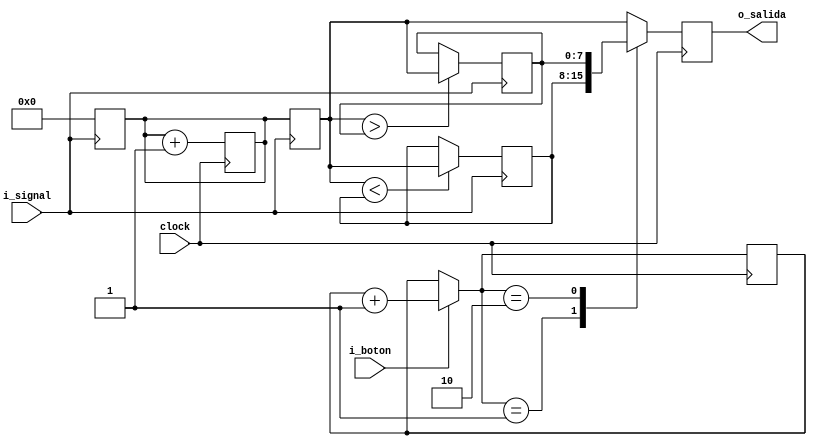
`timescale 1ns / 1ps
//////////////////////////////////////////////////////////////////////////////////
// Company: 
// Engineer: 
// 
// Design Name: 
// Module Name:    ejercicio_11_12
// Project Name: 
// Target Devices: 
// Tool versions: 
// Description: 
//
// Dependencies: 
//
// Revision: 
// Revision 0.01 - File Created
// Additional Comments: 
//
//////////////////////////////////////////////////////////////////////////////////
module ejercicio_11_12(
	input wire i_signal,
	output reg [7:0]o_salida,
	input wire i_boton,
	
	input wire clock
    );
	 
	reg [7:0]contador;
	reg [1:0]contador_boton;
	reg [7:0]periodo_actual;
	reg [7:0]periodo_min;
	reg [7:0]periodo_max;
	 
	 
	always@(posedge clock)
	begin
		contador <= contador + 1;
		
		if(i_boton == 1)
		begin
			contador_boton = contador_boton + 1;
		end
		
		case(contador_boton)
		2'b00: o_salida <= periodo_actual;
		2'b01: o_salida <= periodo_min;
		2'b10: o_salida <= periodo_max;
		default: o_salida <= periodo_actual;
		endcase
		
	end
		
		
	always@(posedge i_signal)
	begin
		contador <= 0;
		periodo_actual <= contador;
		
		if(periodo_actual > periodo_max)
			periodo_max <= periodo_actual;
			
		if(periodo_actual < periodo_min)
			periodo_min <= periodo_actual;
			
	end


endmodule